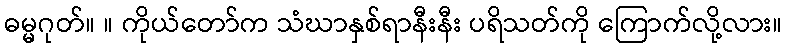
ဓမ္မဂုတ်။ ။ ကိုယ်တော်က သံဃာနှစ်ရာနီးနီး ပရိသတ်ကို ကြောက်လို့လား။